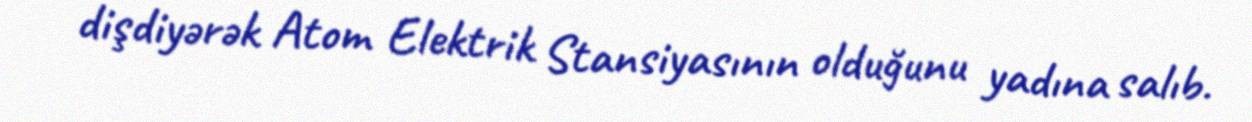
dişdiyərək Atom Elektrik Stansiyasının olduğunu yadına salıb.